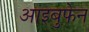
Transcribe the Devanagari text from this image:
आइबुफेन